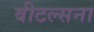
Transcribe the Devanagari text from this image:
बीटल्सना